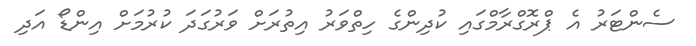
ސެންޓަރު އެ ޕްރޮގްރާމްގައި ކުދިންގެ ހިތްވަރު އިތުރަށް ވަރުގަދަ ކުރުމަށް އިންޑޯ އަދި